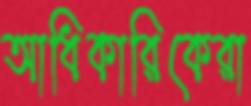
আধিকারিকেরা